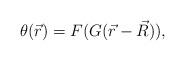
LaTeX: \begin{align*}\theta(\vec{r}) = F( G(\vec{r}-\vec{R}) ),\end{align*}